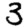
Digit: 3